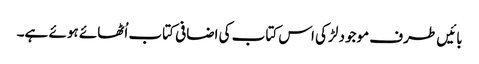
بائیں طرف موجود لڑکی اس کتاب کی اضافی کتاب اُٹھائے ہوئے ہے۔